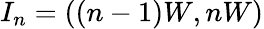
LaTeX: I_{n}=((n-1)W,nW)